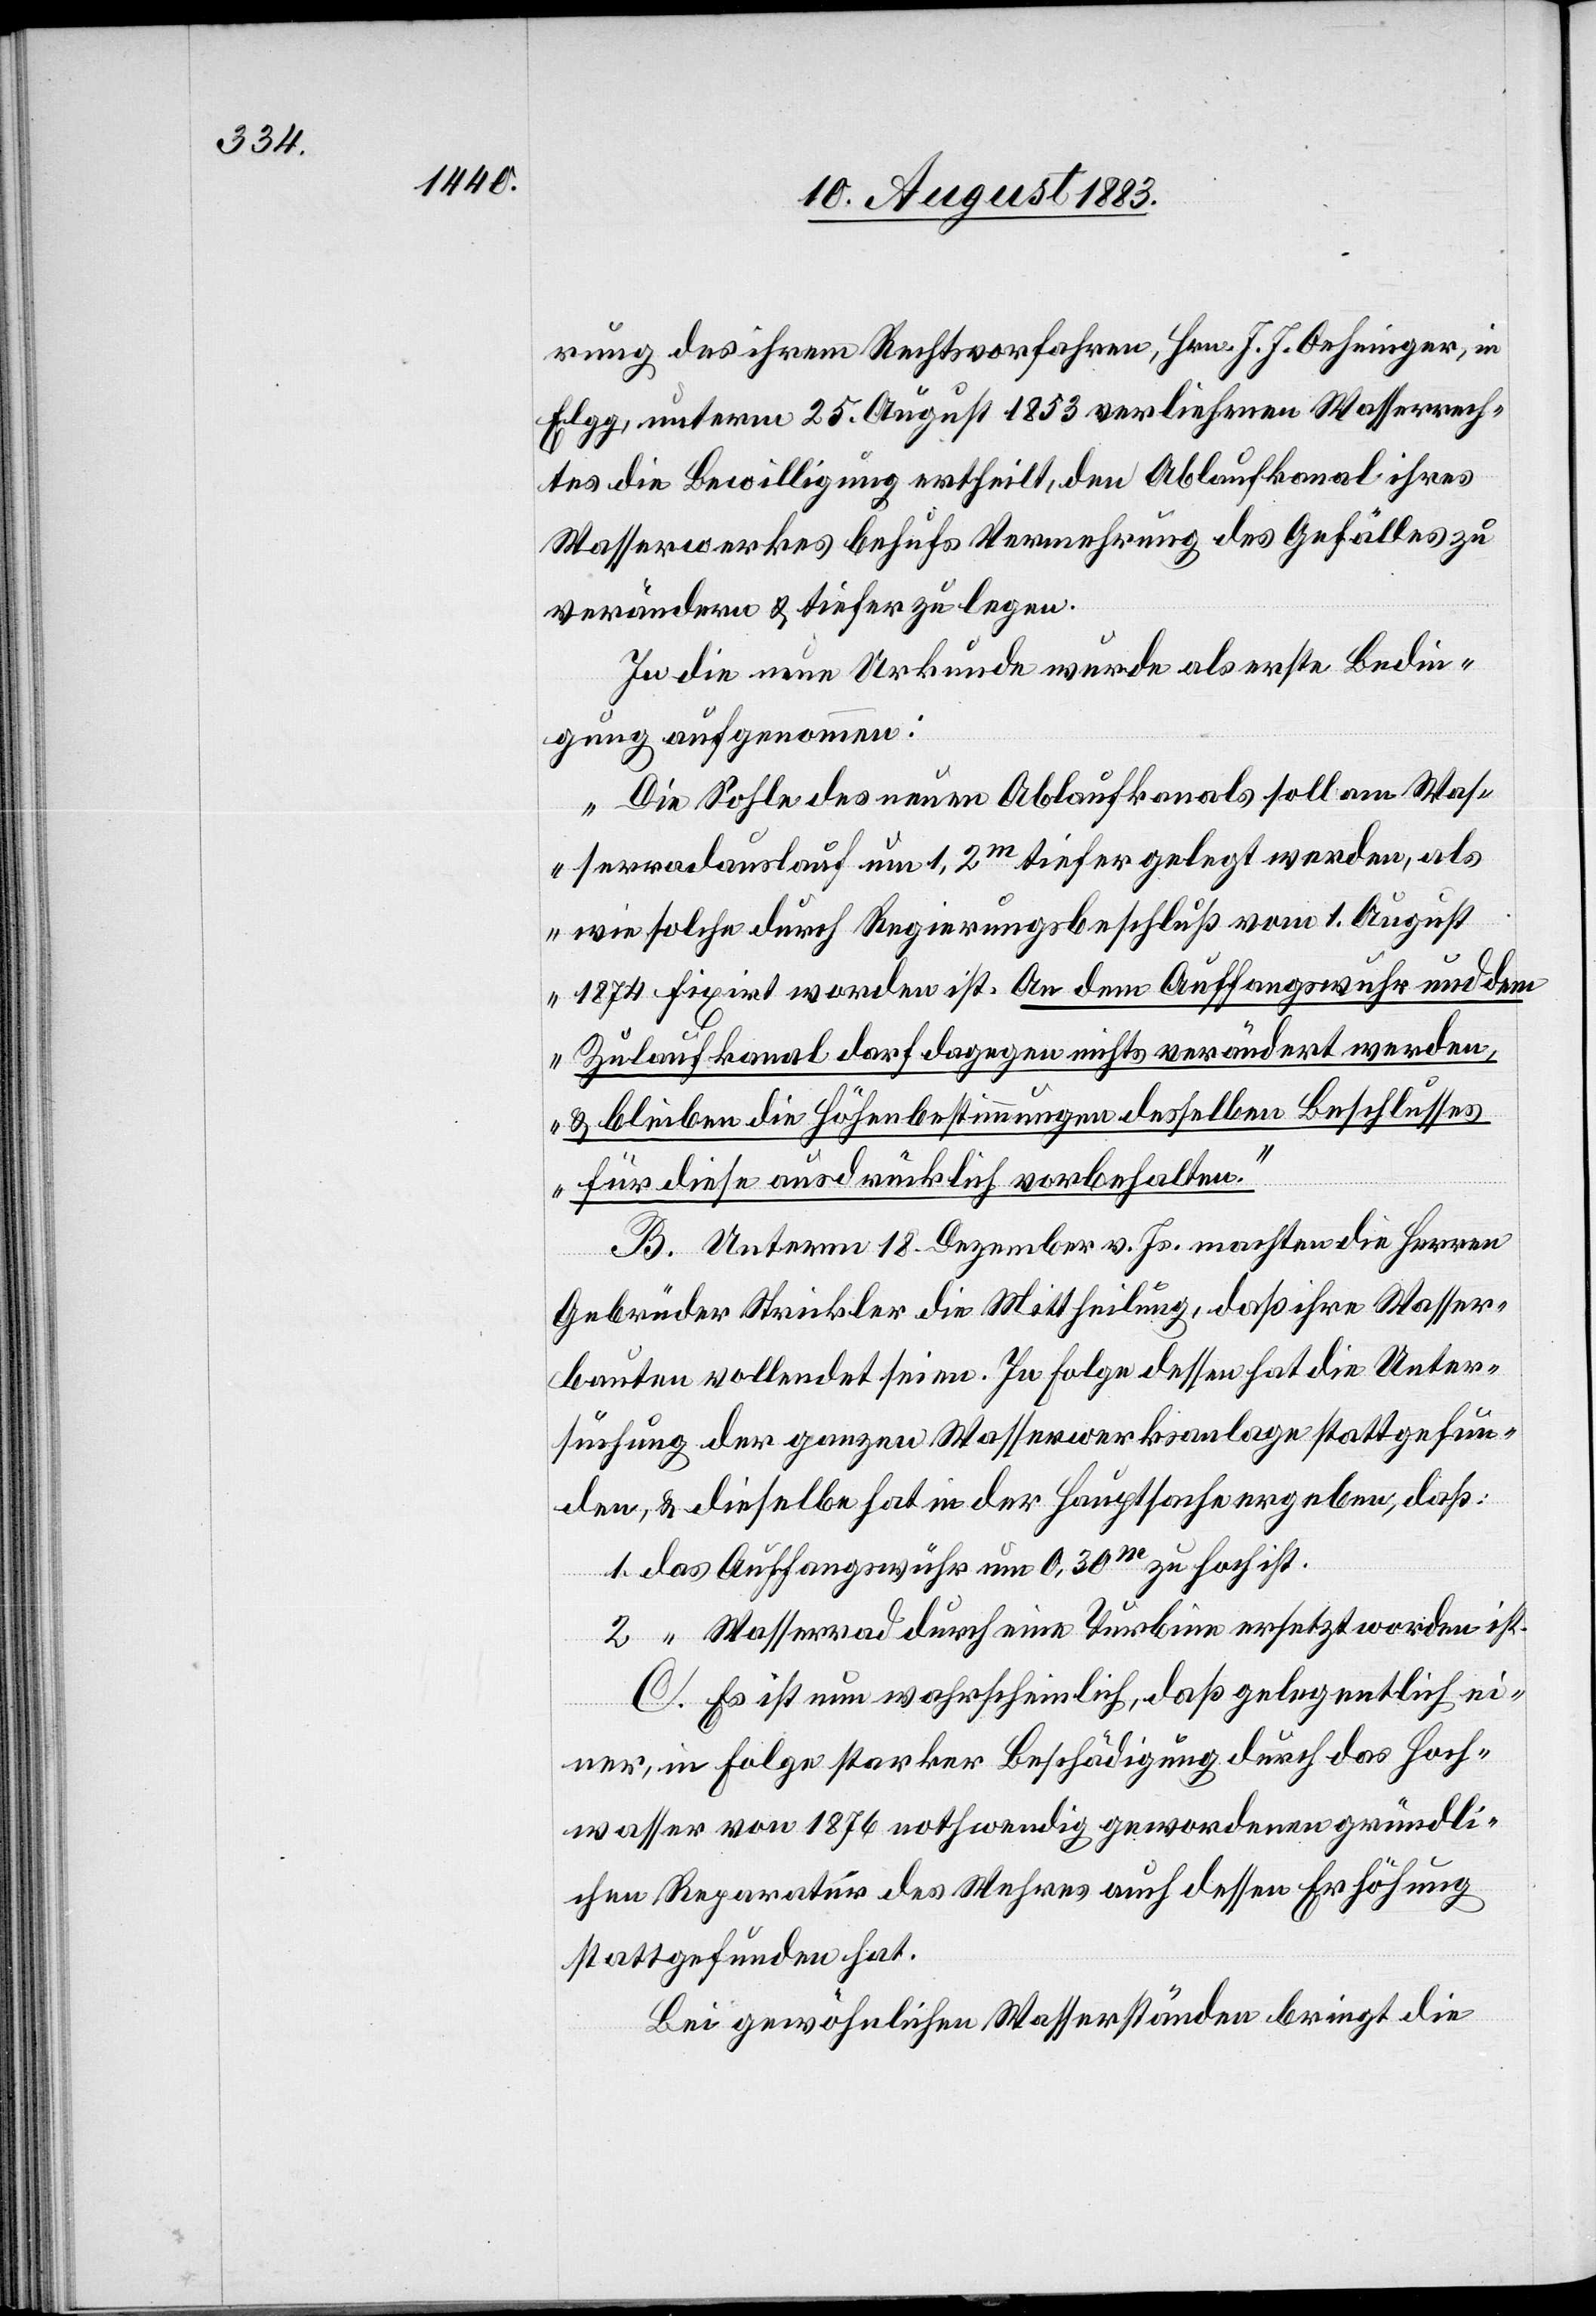
rung des ihrem Rechtsvorfahren, Hrn. J. J. Oehninger, in
Elgg, unterm 25. August 1853 verliehenen Wasserrech¬
tes die Bewilligung ertheilt, den Ablaufkanal ihres
Wasserwerkes behufs Vermehrung des Gefälles zu
verändern & tiefer zu legen.
In die neue Urkunde wurde als erste Bedin¬
gung aufgenommen:
„Die Sohle des neuen Ablaufkanals soll am Was¬
serradauslauf um 1,2m tiefer gelegt werden, als
wie solche durch Regierungsbeschluß vom 1. August
1874 fixirt worden ist. An dem Auffangswuhr und dem
Zulaufkanal darf dagegen nichts verändert werden,
& bleiben die Höhenbestimmungen desselben Beschlusses
für diese ausdrücklich vorbehalten.“
B. Unterm 18. Dezember v. Js. machten die Herren
Gebrüder Strickler die Mittheilung, daß ihre Wasser¬
bauten vollendet seien. In Folge dessen hat die Unter¬
suchung der ganzen Wasserwerksanlagen stattgefun¬
den, & dieselbe hat in der Hauptsache ergeben, daß:
1. das Auffangswuhr um 0,30m zu hoch ist.
2. “ Wasserrad durch eine Turbine ersetzt worden ist.
C. Es ist nun wahrscheinlich, daß gelegentlich ei¬
ner, in Folge starker Beschädigung durch das Hoch¬
wasser von 1876 nothwendig gewordenen gründli¬
chen Reparatur des Wehres auch dessen Erhöhung
stattgefunden hat.
Bei gewöhnlichen Wasserständen bringt die